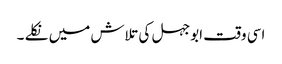
اسی وقت ابوجہل کی تلاش میں نکلے ۔